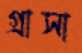
গ্রাসা